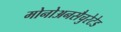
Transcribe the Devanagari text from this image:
मोनोअनसैचुरेटेड